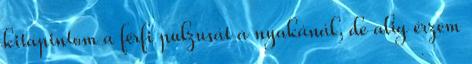
kitapintom a férfi pulzusát a nyakánál, de alig érzem